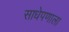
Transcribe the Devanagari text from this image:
साधेपणाला